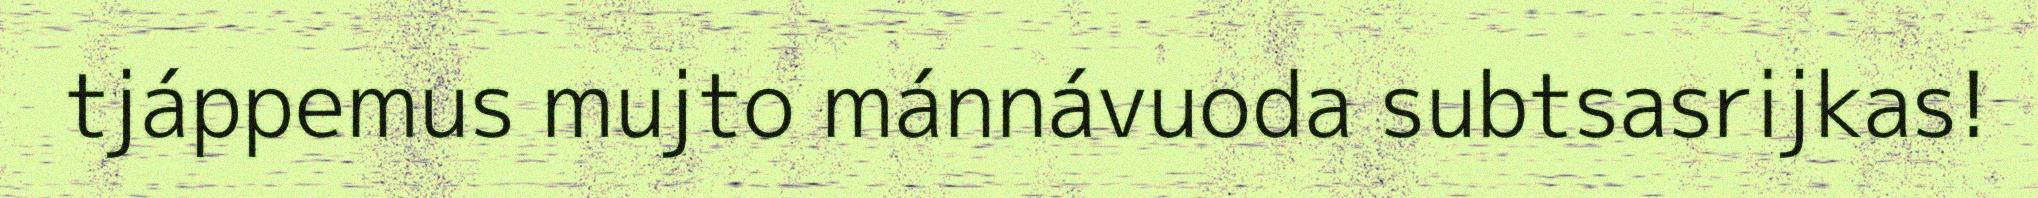
tjáppemus mujto mánnávuoda subtsasrijkas!